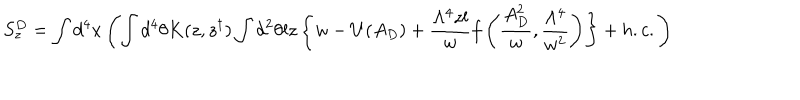
LaTeX: S _ { z } ^ { D } = \int d ^ { 4 } x \left( \int d ^ { 4 } \theta K ( z , z ^ { \dagger } ) \int d ^ { 2 } \theta l z \left\{ w - U ( A _ { D } ) + \frac { \Lambda ^ { 4 } z l } { w } f \left( \frac { A _ { D } ^ { 2 } } { w } , \frac { \Lambda ^ { 4 } } { w ^ { 2 } } \right) \right\} + h . c . \right)